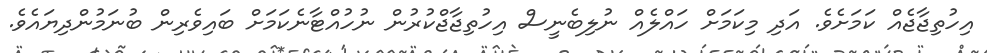
އިހުތިޖާޖެއް ކަމަށެވެ. އަދި މިކަމަށް ހައްލެއް ނުލިބެނީސް އިހުތިޖާޖްކުރުން ނުހުއްޓާނެކަމަށް ބައިވެރިން ބުނަމުންދިޔައެވެ.